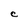
Character: C